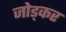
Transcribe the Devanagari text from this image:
जोड्कर